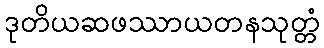
ဒုတိယဆဖဿာယတနသုတ္တံ